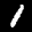
Label: 1